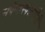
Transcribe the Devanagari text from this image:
संकेतस्थळांपैकी